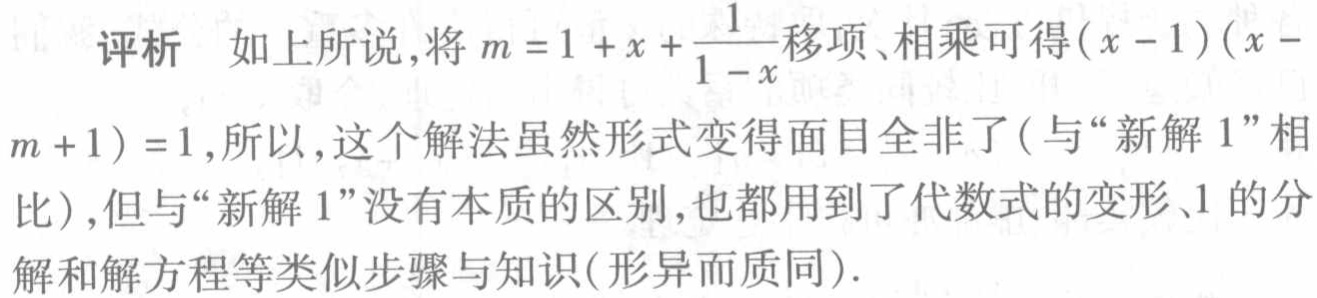
评析 如上所说,将\(m = 1 + x+\frac{1}{1 - x}\)移项、相乘可得\((x - 1)(x - m + 1)=1\),所以,这个解法虽然形式变得面目全非了(与“新解1”相比),但与“新解1”没有本质的区别,也都用到了代数式的变形、1的分解和解方程等类似步骤与知识(形异而质同).